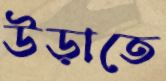
উড়াতে